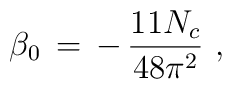
\beta_0 \, = \, - \, { 11 N_c\over 48 \pi^2} \,\, ,